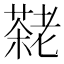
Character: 𫅷